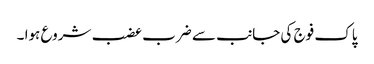
پاک فوج کی جانب سے ضرب عضب شروع ہوا ۔